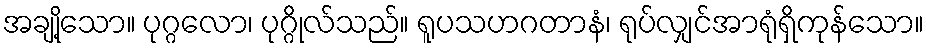
အချို့သော။ ပုဂ္ဂလော၊ ပုဂ္ဂိုလ်သည်။ ရူပသဟဂတာနံ၊ ရုပ်လျှင်အာရုံရှိကုန်သော။